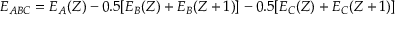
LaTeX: E _ { A B C } = E _ { A } ( Z ) - 0 . 5 [ E _ { B } ( Z ) + E _ { B } ( Z + 1 ) ] - 0 . 5 [ E _ { C } ( Z ) + E _ { C } ( Z + 1 ) ]